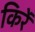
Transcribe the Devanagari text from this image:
किरें